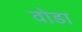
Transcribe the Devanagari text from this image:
वोडा